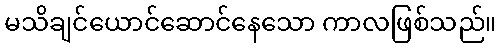
မသိချင်ယောင်ဆောင်နေသော ကာလဖြစ်သည်။